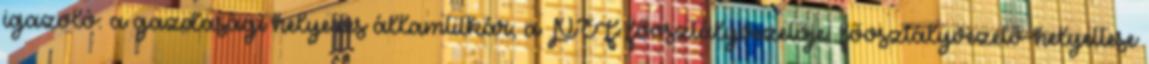
igazoló: a gazdasági helyettes államtitkár, a PEF főosztályvezetője, főosztályvezető-helyettese